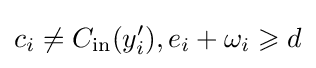
c_{i}\neq C_{\text{in}}(y_{i}'),e_{i}+\omega _{i}\geqslant d